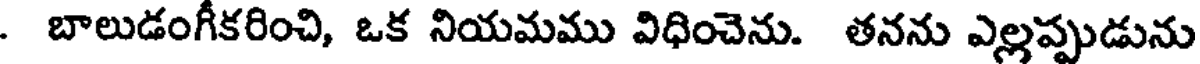
. బాలుడంగీకరించి, ఒక నియమము విధించెను. తనను ఎల్లప్పుడును